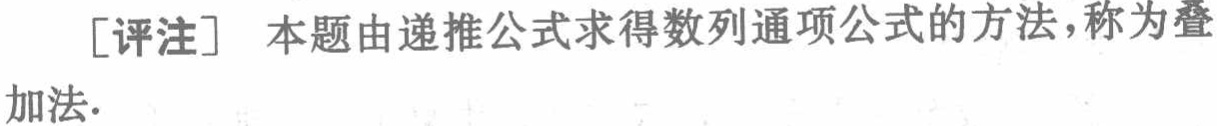
[评注] 本题由递推公式求得数列通项公式的方法，称为叠加法.